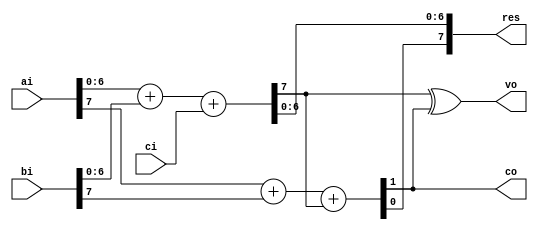
module adder //(ci,ai,bi,res,co,vo);
  #(
    parameter WIDTH=8
    )
   (
    input wire 		    ci,
    input wire [WIDTH-1:0]  ai,
    input wire [WIDTH-1:0]  bi,
    output wire [WIDTH-1:0] res,
    output wire 	    co,
    output wire 	    vo
    );
   /*    
   wire [WIDTH:0] 	    r;
   
   assign r= {1'b0,ai} + {1'b0,bi} + ci;
   
   assign res= r[WIDTH-1:0];
   assign co= r[WIDTH];
   assign vo= (ai[WIDTH-1] & bi[WIDTH-1] & ~r[WIDTH-1]) |
	      (~ai[WIDTH-1] & ~bi[WIDTH-1] & r[WIDTH-1]);
   */
   wire			    c31;
   assign {c31,res[WIDTH-2:0]}= ai[WIDTH-2:0] + bi[WIDTH-2:0] + ci;
   assign {co,res[WIDTH-1]}= ai[WIDTH-1] + bi[WIDTH-1] + c31;
   assign vo= c31 ^ co;
   
endmodule // adder

module subber //(ci,ai,bi,res,co,vo);
  #(
    parameter WIDTH=8
    )
   (
    input wire 		    ci,
    input wire [WIDTH-1:0]  ai,
    input wire [WIDTH-1:0]  bi,
    output wire [WIDTH-1:0] res,
    output wire 	    co,
    output wire 	    vo
    );
   
   adder #(WIDTH) a(.ci(ci), .ai(ai), .bi(~bi),
	   .res(res), .co(co), .vo(vo));
   
endmodule // subber